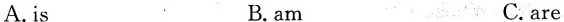
A.is B. am C. are